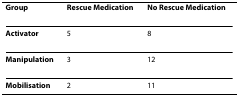
| Group | Rescue Medication | No Rescue Medication |
 | --- | --- | --- |
 | Activator | 5 | 8 |
 | Manipulation | 3 | 12 |
 | Mobilisation | 2 | 11 |